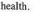
health.